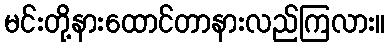
မင်းတို့နားထောင်တာနားလည်ကြလား။